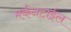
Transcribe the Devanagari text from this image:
मर्कनटाईल